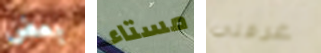
بعض مستاء غرفتي